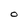
Character: O